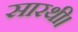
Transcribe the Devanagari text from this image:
सारथी।